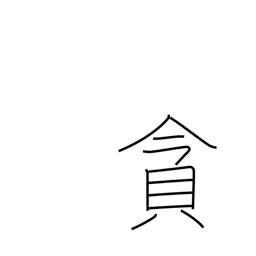
Meaning: indulge in